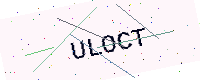
Text: ULOCT